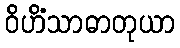
ဝိဟိံသာဓာတုယာ